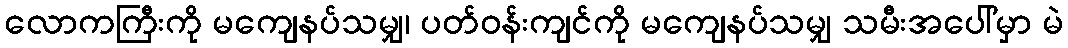
လောကကြီးကို မကျေနပ်သမျှ၊ ပတ်ဝန်းကျင်ကို မကျေနပ်သမျှ သမီးအပေါ်မှာ မဲ